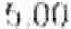
5.00